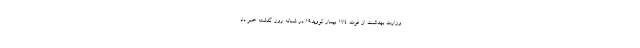
وزارت بهداشت از فوت ۱۷۴ بیمار کووید۱۹ در شبانه روز گذشته خبر داد.